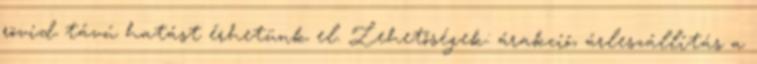
rövid távú hatást érhetünk el. Lehetőségek: árakció, árleszállítás a